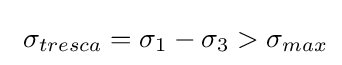
\ \sigma _{tresca}=\sigma _{1}-\sigma _{3}>\sigma _{max}